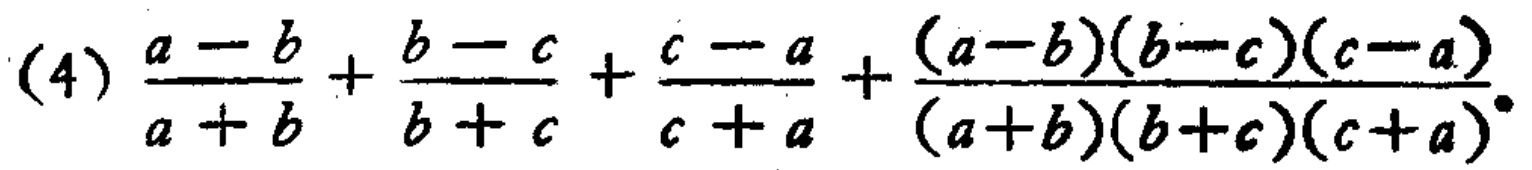
(4) \(\frac{a - b}{a + b}+\frac{b - c}{b + c}+\frac{c - a}{c + a}+\frac{(a - b)(b - c)(c - a)}{(a + b)(b + c)(c + a)}\)